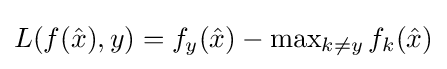
{\textstyle L(f({\hat {x}}),y)=f_{y}({\hat {x}})-\max _{k\neq y}f_{k}({\hat {x}})}